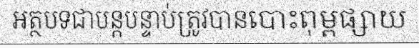
អត្ថបទជាបន្តបន្ទាប់ត្រូវបានបោះពុម្ពផ្សាយ